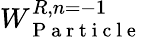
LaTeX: W_{\mathrm{~P~a~r~t~i~c~l~e~}}^{R,n=-1}